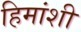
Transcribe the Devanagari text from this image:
हिमांशी